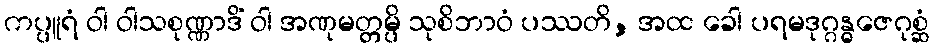
ကပ္ပူရံ ဝါ ဝါသစုဏ္ဏာဒိံ ဝါ အဏုမတ္တမ္ပိ သုစိဘာဝံ ပဿတိ, အထ ခေါ ပရမဒုဂ္ဂန္ဓဇေဂုစ္ဆံ